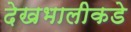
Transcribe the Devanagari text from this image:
देखभालीकडे